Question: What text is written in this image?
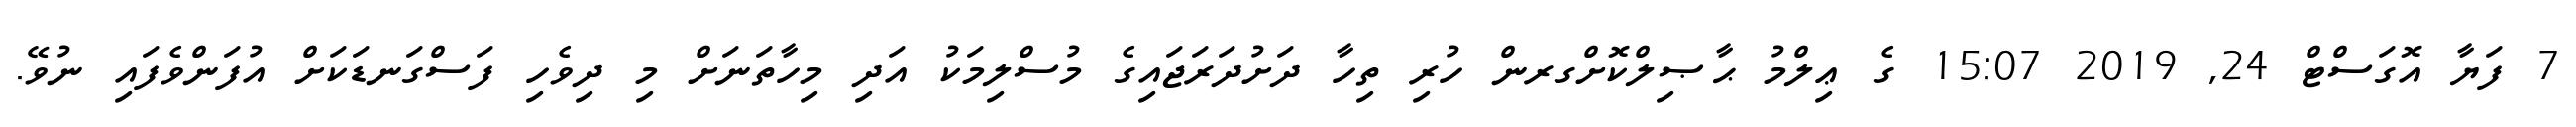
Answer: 7 ފަޔާ އޮގަސްޓް 24, 2019 15:07 ގެ ޢިލްމު ޙާޞިލްކޮށްގރން ހުރި ތިހާ ދަށުދަރަޖައިގެ މުސްލިމަކު އަދި މިހާތަނަށް މި ދިވެހި ފަސްގަނޑަކަށް އުފަންވެފައި ނުވޭ.